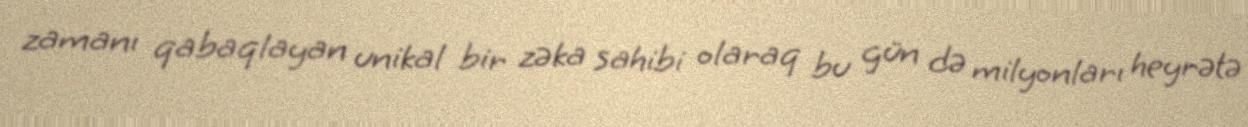
zamanı qabaqlayan unikal bir zəka sahibi olaraq bu gün də milyonları heyrətə